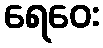
ရေဝေး